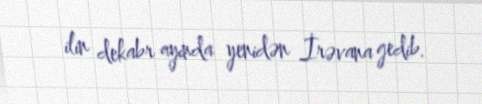
ilin dekabr ayında yenidən İrəvana gedib.